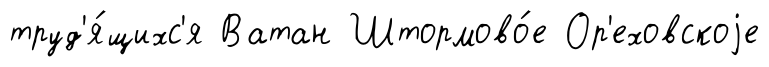
труд'я́щихс'я Ватан Штормово́е Ор'еховскоjе